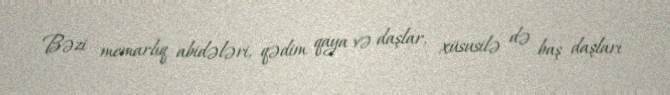
Bəzi memarlıq abidələri, qədim qaya və daşlar, xüsusilə də baş daşları